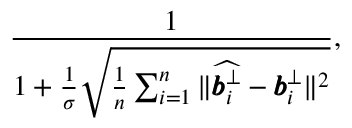
\frac { 1 } { 1 + \frac { 1 } { \sigma } \sqrt { \frac { 1 } { n } \sum _ { i = 1 } ^ { n } { \| \widehat { \pmb { b } _ { i } ^ { \bot } } - \pmb { b } _ { i } ^ { \bot } \| ^ { 2 } } } } ,